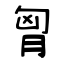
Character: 胷